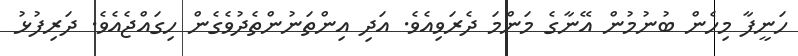
ހަނީފާ މިހެން ބުނުމުން އޭނާގެ މަންމަ ދެރަވިއެވެ. އަދި އިންތަނުންތެދުވެގެން ހިގައްޖެއެވެ. ދަރިފުޅު